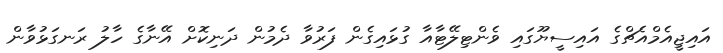
އައިޖީއެމްއެޗްގެ އައިސީޔޫގައި ވެންޓިލޭޓާއާ ގުޅައިގެން ފަރުވާ ދެމުން ދަނިކޮށް އޭނާގެ ހާލު ރަނގަޅުވާން